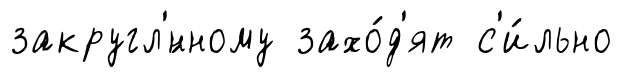
закругл'́нному захо́д'ят с'и́льно